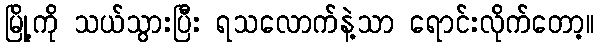
မြို့ကို သယ်သွားပြီး ရသလောက်နဲ့သာ ရောင်းလိုက်တော့။